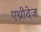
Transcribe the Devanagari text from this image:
एथ्रीदेज